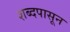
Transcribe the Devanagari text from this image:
शब्दपासून